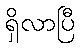
ရှိလာပြီ